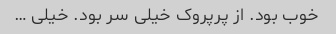
خوب بود. از پرپروک خیلی سر بود. خیلی …